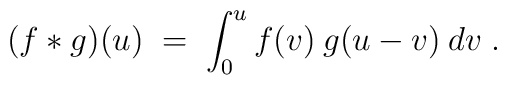
(f * g)(u) \;=\; \int_0^u f(v) \:g(u-v) \:dv \;.